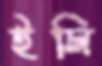
ইলি